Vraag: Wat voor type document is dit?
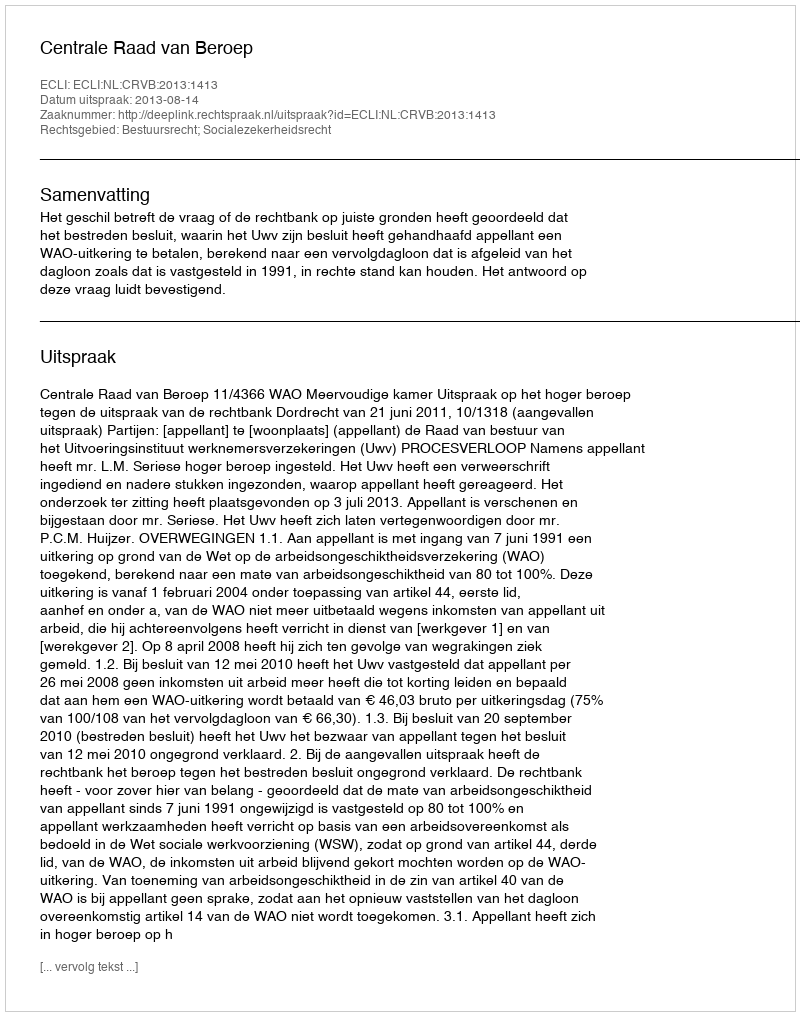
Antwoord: Uitspraak